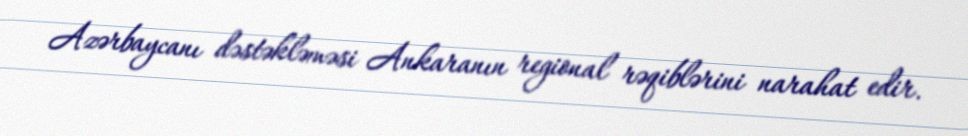
Azərbaycanı dəstəkləməsi Ankaranın regional rəqiblərini narahat edir.